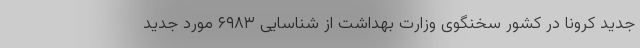
جدید کرونا در کشور سخنگوی وزارت بهداشت از شناسایی ۶۹۸۳ مورد جدید